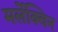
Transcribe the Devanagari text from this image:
मर्लेक्विन